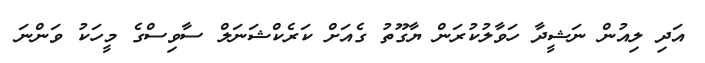
އަދި ލިއުން ނަޝީދާ ހަވާލުކުރަން ޔާގޫތު ގެއަށް ކަރެކްޝަނަލް ސާވިސްގެ މީހަކު ވަންނަ